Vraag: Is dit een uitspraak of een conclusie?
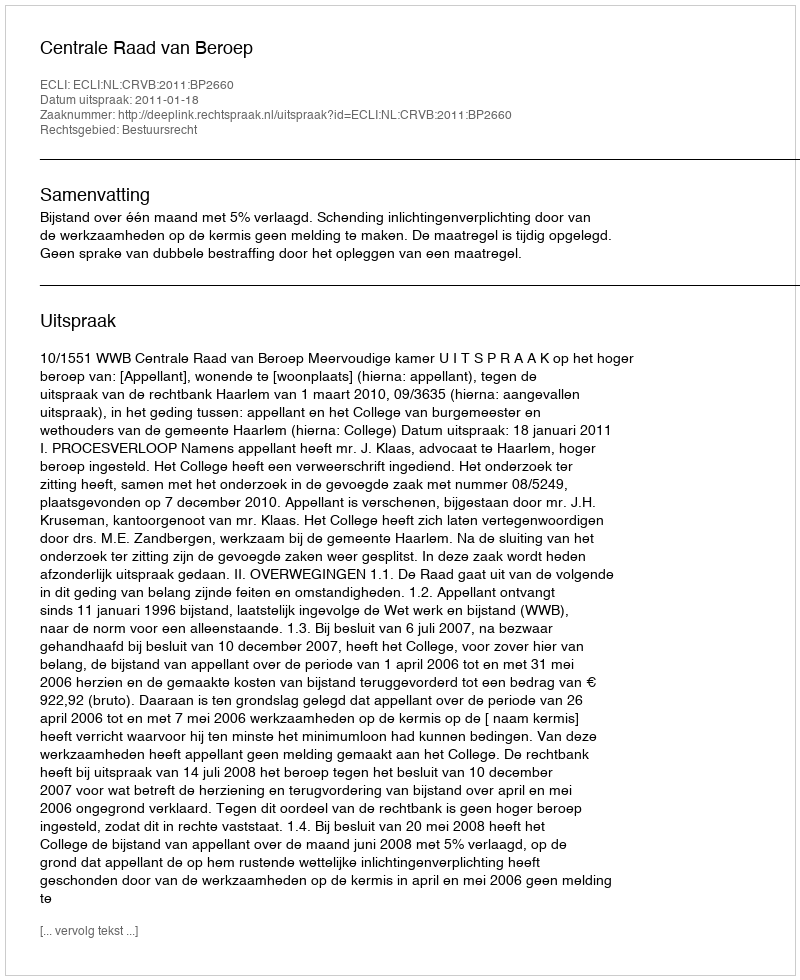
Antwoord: Uitspraak